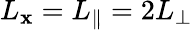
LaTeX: L_{\mathbf{x}}=L_{\| }=2L_{\perp}